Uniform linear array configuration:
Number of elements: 16
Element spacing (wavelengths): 0.75
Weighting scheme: binomial
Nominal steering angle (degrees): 60
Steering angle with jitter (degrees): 59.822
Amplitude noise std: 0.05
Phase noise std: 0.05

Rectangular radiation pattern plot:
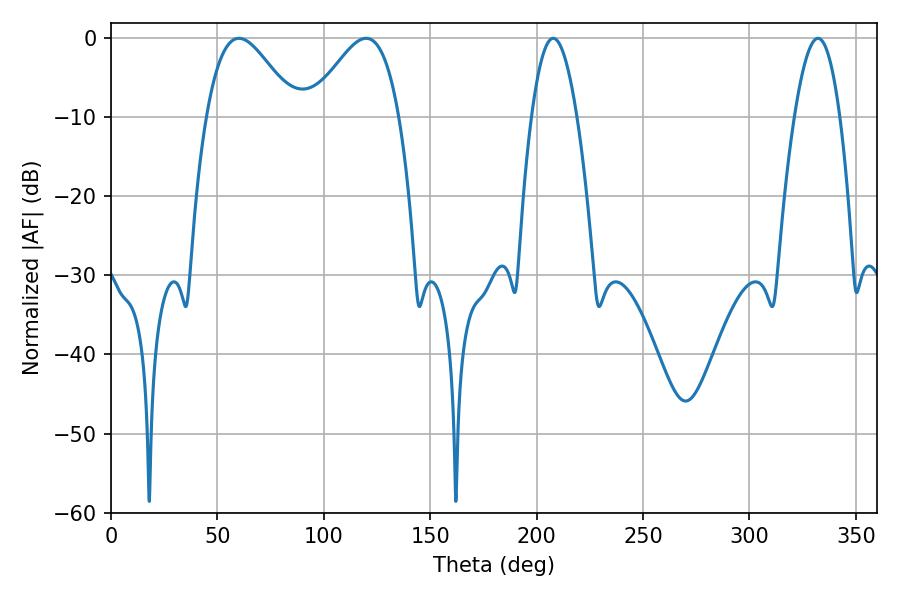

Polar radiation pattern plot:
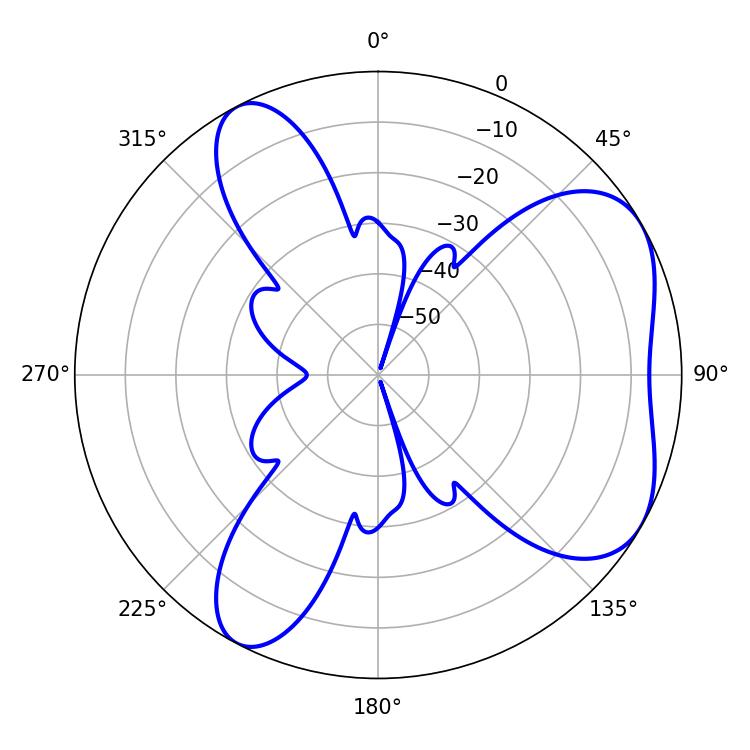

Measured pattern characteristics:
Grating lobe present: TRUE
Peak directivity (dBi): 5.441
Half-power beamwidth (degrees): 22.32
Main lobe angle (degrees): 60.12